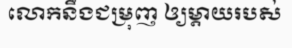
លោកនឹងជម្រុញ ឲ្យម្តាយរបស់